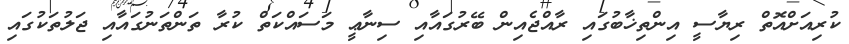
ކުރިއަށްއޮތް ރިޔާސީ އިންތިޚާބުގައި ރާއްޖެއިން ބޭރުގައާއި ސިނާޢީ މަސައްކަތް ކުރާ ތަންތަނުގައާއި ޖަލުތަކުގައި